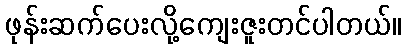
ဖုန်းဆက်ပေးလို့ကျေးဇူးတင်ပါတယ်။